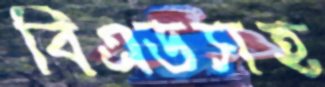
বিএডসহ